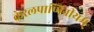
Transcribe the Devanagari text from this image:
केरलपाणिनीयम्